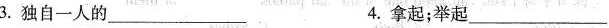
3.独自一人的\underline4.拿起；举起\underline